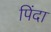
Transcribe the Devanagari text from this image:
पिंदा